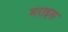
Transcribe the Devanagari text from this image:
मराइस